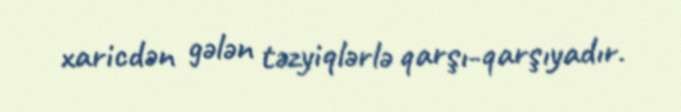
xaricdən gələn təzyiqlərlə qarşı-qarşıyadır.